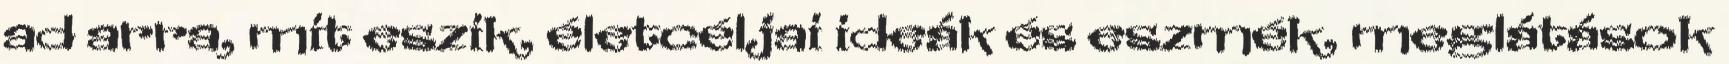
ad arra, mit eszik, életcéljai ideák és eszmék, meglátások